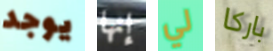
يوجد إنها لي باركا